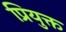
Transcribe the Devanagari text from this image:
प्रियुक्त